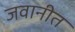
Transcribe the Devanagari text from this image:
जवानीत